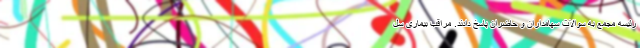
رئیسه مجمع به سوالات سهامداران و حاضران پاسخ دادند. مراقب بیماری سل